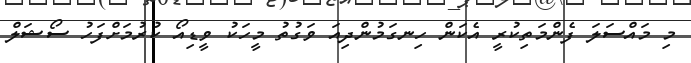
މި މައްސަލަ ފެންމަތިކުރީ އެކަން ހިނގަމުންދިއަ ވަގުތު މީހަކު ވީޑިއޯ ކުރުމަށްފަހު ސޯޝަލް